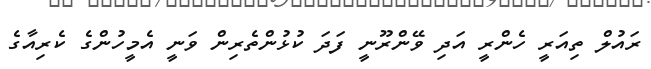
ރައުލް ތިއަރީ ހެންރީ އަދި ވޭންރޫނީ ފަދަ ކުޅުންތެރިން ވަނީ އެމީހުންގެ ކެރިއާގެ